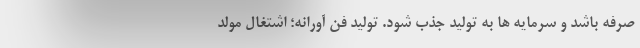
صرفه باشد و سرمایه ها به تولید جذب شود. تولید فن آورانه؛ اشتغال مولد